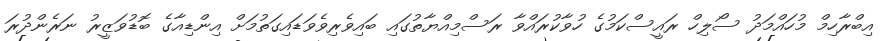
އިބްރާހިމް މުހައްމަދު ސޯލިހް ރައީސްކަމުގެ ހުވާކުރައްވާ ރަސްމިއްޔާތުގައި ބައިވެރިވެވަޑައިގަތުމަށް އިންޑިއާގެ ބޮޑުވަޒީރު ނަރެންދުރަ